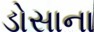
ડોસાના